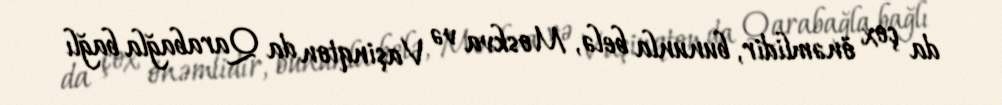
da çox önəmlidir, bununla belə, Moskva və Vaşinqton da Qarabağla bağlı